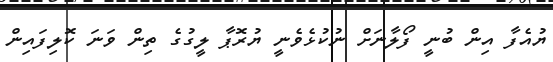
ޔުއެފާ އިން ބުނީ ފޯލާނަށް ނުކުޅެވެނީ ޔުރޮޕާ ލީގުގެ ތިން ވަނަ ކޮލިފައިން